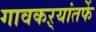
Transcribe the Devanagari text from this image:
गावकऱ्यांतर्फे